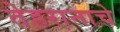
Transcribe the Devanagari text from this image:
तेहरानाचे